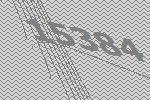
15384